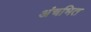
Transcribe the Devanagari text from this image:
अंचभित